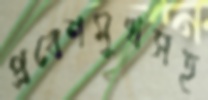
প্রবেশমুখসহ